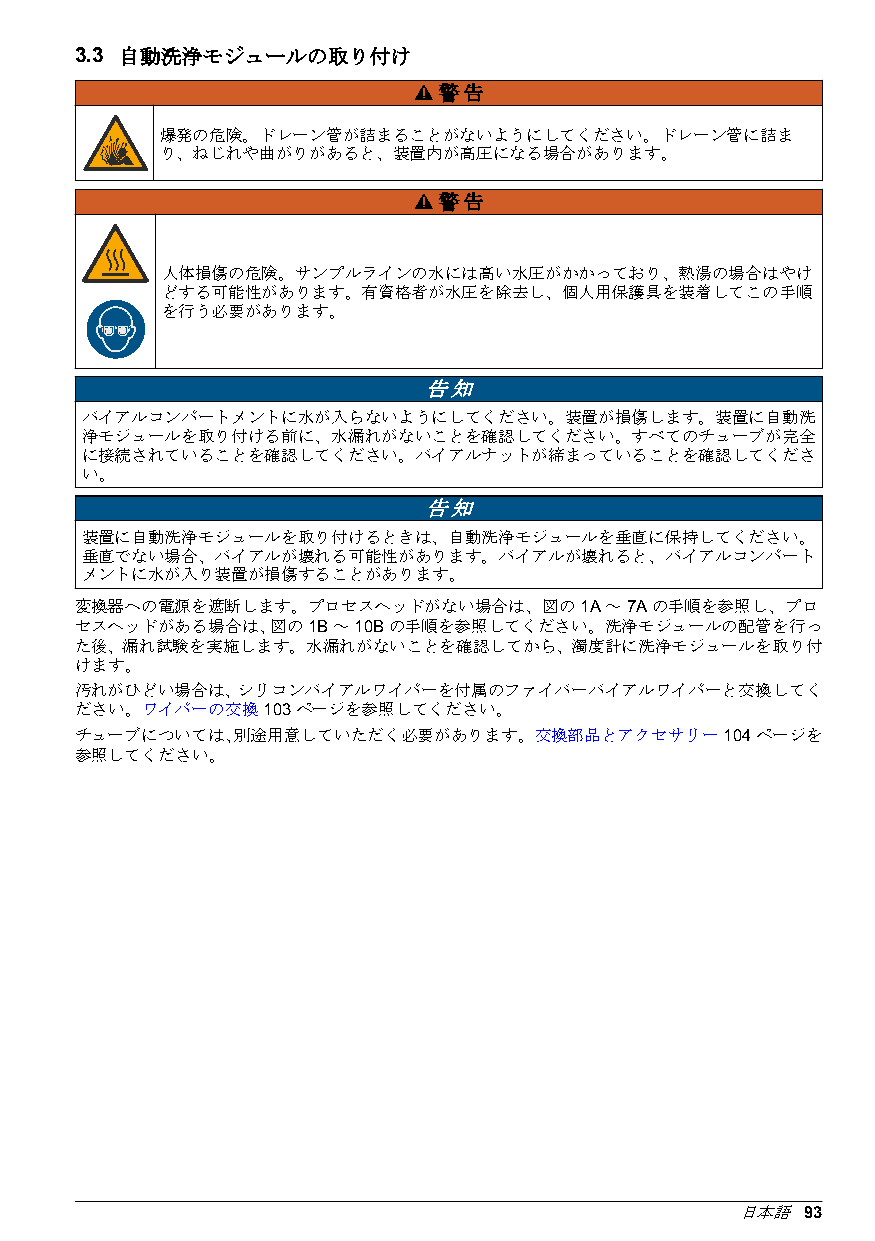
3.3 自動洗浄モジュールの取り付け
 警告
 爆発の危険。ドレーン管が詰まることがないようにしてください。ドレーン管に詰ま
 り、ねじれや曲がりがあると、装置内が高圧になる場合があります。
 警告
 人体損傷の危険。サンプルラインの水には高い水圧がかかっており、熱湯の場合はやけ
 どする可能性があります。有資格者が水圧を除去し、個人用保護具を装着してこの手順
 を行う必要があります。
 告知
 バイアルコンパートメントに水が入らないようにしてください。装置が損傷します。装置に自動洗
 浄モジュールを取り付ける前に、水漏れがないことを確認してください。すべてのチューブが完全
 に接続されていることを確認してください。バイアルナットが締まっていることを確認してくださ
 い。
 告知
 装置に自動洗浄モジュールを取り付けるときは、自動洗浄モジュールを垂直に保持してください。
 垂直でない場合、バイアルが壊れる可能性があります。バイアルが壊れると、バイアルコンパート
 メントに水が入り装置が損傷することがあります。
 変換器への電源を遮断します。プロセスヘッドがない場合は、図の   1A ～ 7A の手順を参照し、プロ
 セスヘッドがある場合は、図の 1B ～ 10B の手順を参照してください。洗浄モジュールの配管を行っ
 た後、漏れ試験を実施します。水漏れがないことを確認してから、濁度計に洗浄モジュールを取り付
 けます。
 汚れがひどい場合は、シリコンバイアルワイパーを付属のファイバーバイアルワイパーと交換してく
 ださい。ワイパーの交換 103 ページを参照してください。
 チューブについては、別途用意していただく必要があります。交換部品とアクセサリー    104 ページを
 参照してください。
 日本語 93